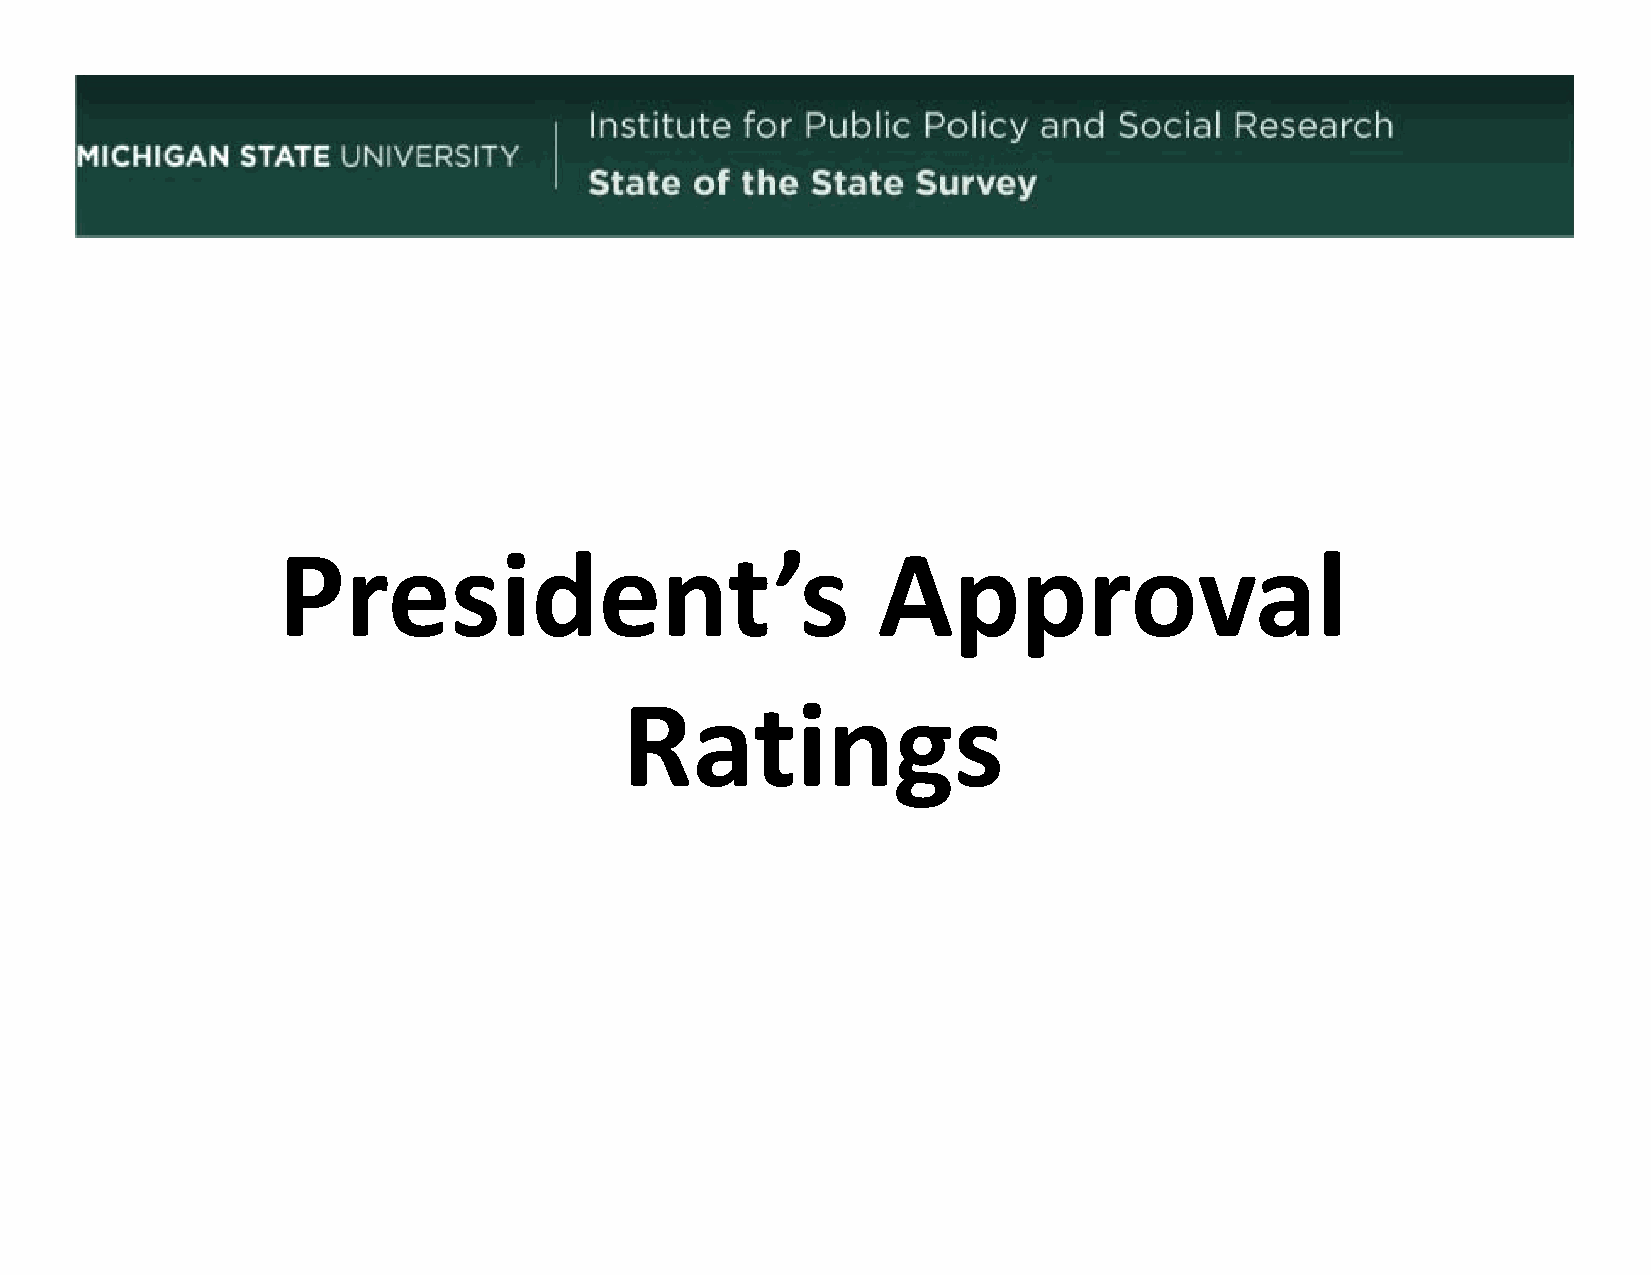
PPresiiddent’’s                         AApprovall
 RRattiings